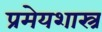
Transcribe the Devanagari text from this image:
प्रमेयशास्त्र